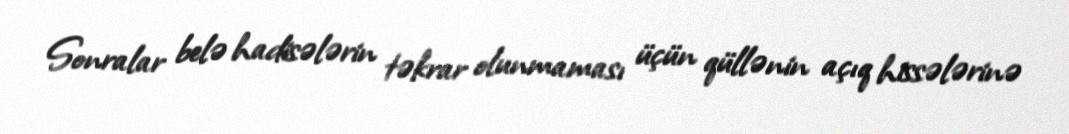
Sonralar belə hadisələrin təkrar olunmaması üçün qüllənin açıq hissələrinə